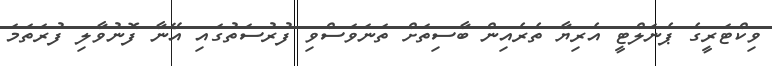
ވިކްޓަރީގެ ޕެނަލްޓީ އެރިޔާ ތެރެއިން ބާސިތަށް ތަނަވަސްވި ފުރުސަތުގައި އޭނާ ފޮނުވާލި ފުރަތަމަ